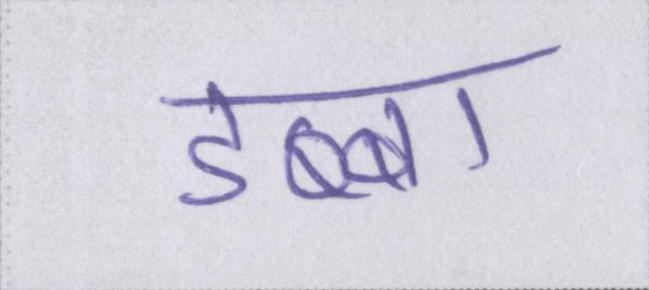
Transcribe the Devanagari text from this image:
डब्बा